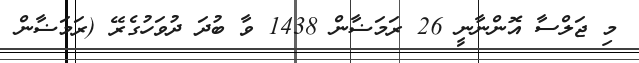
މި ޖަލްސާ އޮންނާނީ 26 ރަމަޟާން 1438 ވާ ބުދަ ދުވަހުގެރޭ (ރަމަޟާން